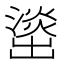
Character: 𰝘